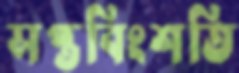
সপ্তবিংশতি